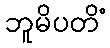
ဘူမိပတိံ